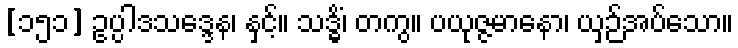
[၁၅၁] ဥပ္ပါဒသဒ္ဒေန၊ နှင့်။ သဒ္ဓိံ၊ တကွ။ ပယုဇ္ဇမာနော၊ ယှဉ်အပ်သော။